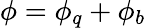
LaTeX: \phi=\phi_{q}+\phi_{b}